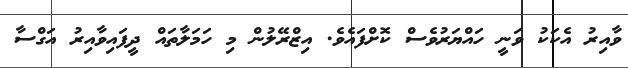
ވާއިރު އެކަކު ވަނީ ހައްޔަރުވެސް ކޮށްފައެވެ. އިޒްރޭލުން މި ހަމަލާތައް ދީފައިވާއިރު އަގްސާ